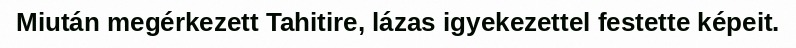
Miután megérkezett Tahitire, lázas igyekezettel festette képeit.